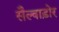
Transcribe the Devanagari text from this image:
सैल्वाड़ोर